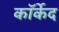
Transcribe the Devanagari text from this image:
कॉर्केद